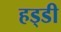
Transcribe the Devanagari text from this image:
हड्‍डी